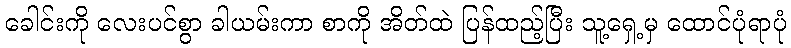
ခေါင်းကို လေးပင်စွာ ခါယမ်းကာ စာကို အိတ်ထဲ ပြန်ထည့်ပြီး သူ့ရှေ့မှ ထောင်ပုံရာပုံ